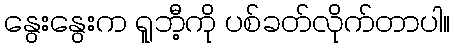
နွေးနွေးက ရူဘီ့ကို ပစ်ခတ်လိုက်တာပါ။